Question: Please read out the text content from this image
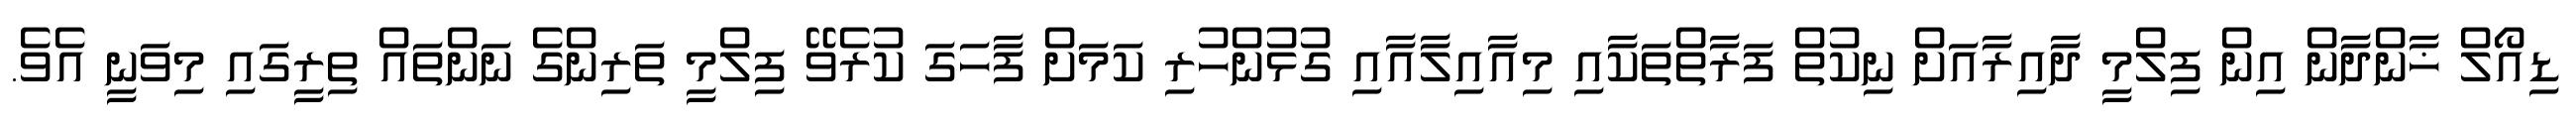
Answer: ޑިއޯލް ޚާންދާން އިން ފިލްމީ ދާއިރާއަށް ނިކުތް ފަރާތްތަކާއި މިއާއިލާއާއި ގުޅުންހުރި ކަމަށް ފާހަގަ ކުރެވޭ ފިލްމީ ތަރިންގެ ނަންތައް ތިރީގައި މިވަނީ އެވެ.